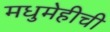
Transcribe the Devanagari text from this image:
मधुमेहीची